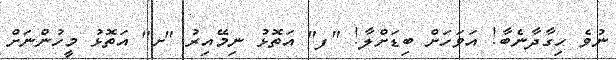
ނުވެ ހިގާދާނެބާ! އަވަހަށް ބިޑަށްލާ! "ފ" އަތޮޅު ނިމޭއިރު "ށ" އަތޮޅު މީހުންނަށް